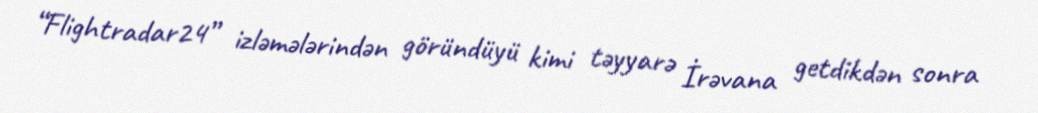
“Flightradar24” izləmələrindən göründüyü kimi təyyarə İrəvana getdikdən sonra